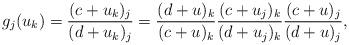
LaTeX: \begin{align*}g_j(u_k)=\dfrac{(c+u_k)_j}{(d+u_k)_j}=\dfrac{(d+u)_k}{(c+u)_k}\dfrac{(c+u_j)_k}{(d+u_j)_k}\dfrac{(c+u)_j}{(d+u)_j}, \end{align*}